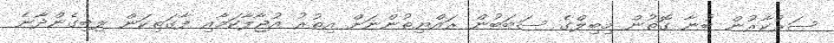
ސަރުކާރުން ބުނާ ގޮތުން މިބިލްގެ ސަބަބުން ރައްޔިތުންނަށް އިތުރު އުޖާލާކަމާއި ފާގަތިކަން ލިބިގެންދާނެ